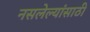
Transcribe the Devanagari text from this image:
नसलेल्यांसाठी